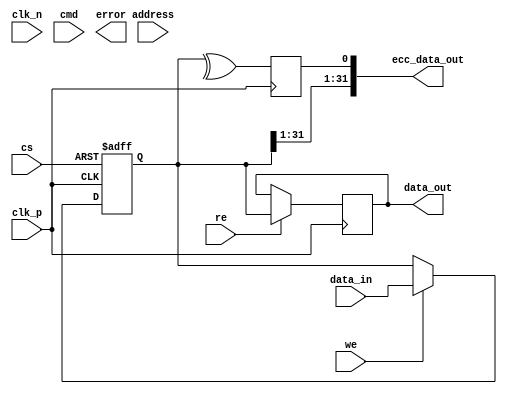
module gddr_io_block #(
    parameter DATA_WIDTH = 32,    // Configurable data width
    parameter USE_ECC = 1          // Enable ECC (Error Correction Code)
)(
    input wire clk_p,              // Positive clock input
    input wire clk_n,              // Negative clock input
    input wire [DATA_WIDTH-1:0] data_in,    // Data input
    output reg [DATA_WIDTH-1:0] data_out,    // Data output
    input wire cmd,                // Command signal (Read/Write)
    input wire cs,                 // Chip Select
    input wire we,                 // Write Enable
    input wire re,                 // Read Enable
    input wire [31:0] address,     // Address lines
    output wire error,             // Error indication
    output reg [DATA_WIDTH-1:0] ecc_data_out // ECC Data Output
);

    // Internal signals
    reg [DATA_WIDTH-1:0] data_buffer;
    wire clk;
    
    // Clock generation (PLL simulation)
    assign clk = clk_p; // For illustration, use clk_p directly. Typically intersects PLL.

    // Simple DDR operation
    always @(posedge clk or negedge cs) begin
        if (!cs) begin
            data_buffer <= 0; // Reset on chip select low
        end else if (we) begin
            data_buffer <= data_in; // Write data on rising edge
        end
    end

    always @(negedge clk) begin
        if (re) begin
            data_out <= data_buffer; // Read data on falling edge
        end
    end

    // Error checking (simple parity example)
    generate
    if (USE_ECC) begin
        reg parity;
        always @(posedge clk) begin
            parity <= ^data_buffer; // Compute parity for error detection
        end

        assign error = (parity != data_buffer[DATA_WIDTH]); // Compare with last bit for error
        assign ecc_data_out = {data_buffer[DATA_WIDTH-1:1], parity}; // Append parity for ECC
    end else begin
        assign error = 1'b0;  // No error if ECC not used
        assign ecc_data_out = data_buffer; // No ECC extension
    end
    endgenerate

endmodule